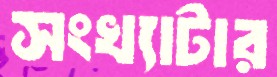
সংখ্যাটার